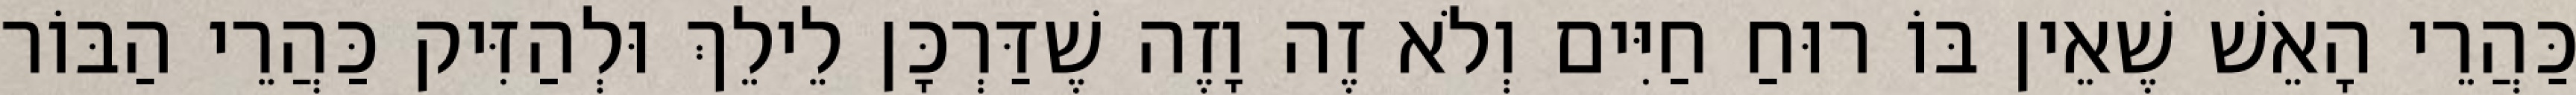
כַּהֲרֵי הָאֵשׁ שֶׁאֵין בּוֹ רוּחַ חַיִּים וְלֹא זֶה וָזֶה שֶׁדַּרְכָּן לֵילֵךְ וּלְהַזִּיק כַּהֲרֵי הַבּוֹר